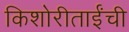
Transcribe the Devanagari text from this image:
किशोरीताईंची